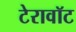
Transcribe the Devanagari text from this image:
टेरावॉट